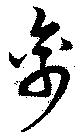
禽